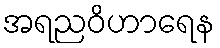
အရညဝိဟာရေန